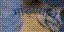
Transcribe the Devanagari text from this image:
मांड्ण्याचे